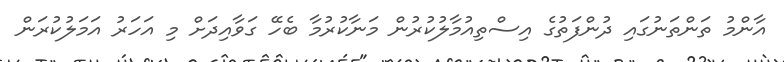
އާންމު ތަންތަނުގައި ދުންފަތުގެ އިސްތިއުމާލުކުރުން މަނާކުރުމާ ބެހޭ ގަވާއިދަށް މި އަހަރު އަމަލުކުރަން